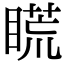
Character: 𥉂